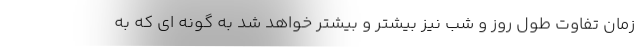
زمان تفاوت طول روز و شب نیز بیشتر و بیشتر خواهد شد به گونه ای که به